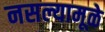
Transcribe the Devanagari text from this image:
नसल्यामूळे